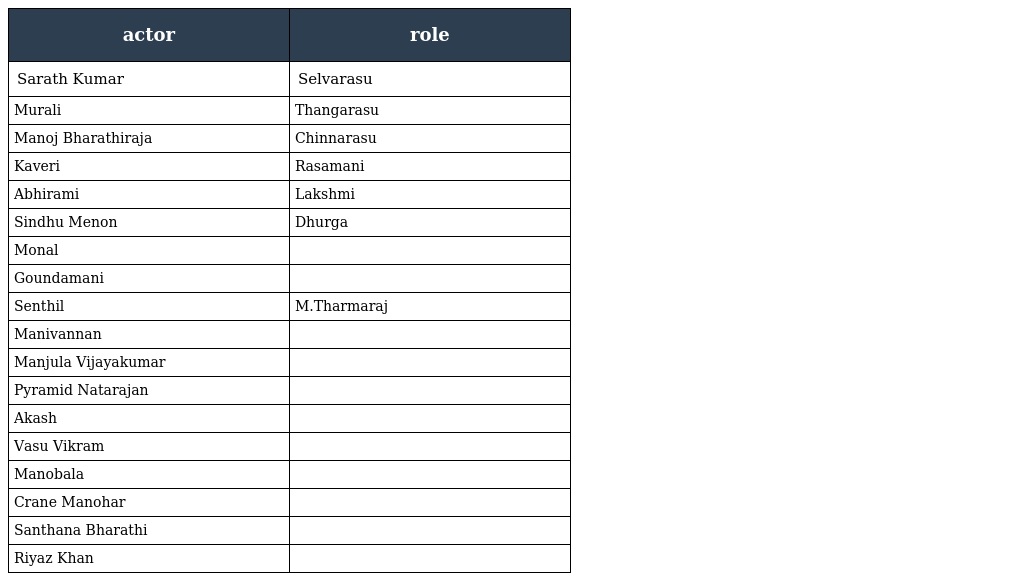
| actor | role |
 | --- | --- |
 | Sarath Kumar | Selvarasu |
 | Murali | Thangarasu |
 | Manoj Bharathiraja | Chinnarasu |
 | Kaveri | Rasamani |
 | Abhirami | Lakshmi |
 | Sindhu Menon | Dhurga |
 | Monal |  |
 | Goundamani |  |
 | Senthil | M.Tharmaraj |
 | Manivannan |  |
 | Manjula Vijayakumar |  |
 | Pyramid Natarajan |  |
 | Akash |  |
 | Vasu Vikram |  |
 | Manobala |  |
 | Crane Manohar |  |
 | Santhana Bharathi |  |
 | Riyaz Khan |  |